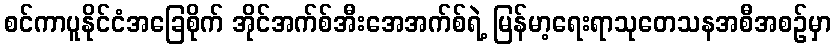
စင်ကာပူနိုင်ငံအခြေစိုက် အိုင်အက်စ်အီးအေအက်စ်ရဲ့ မြန်မာ့ရေးရာသုတေသနအစီအစဉ်မှာ